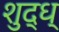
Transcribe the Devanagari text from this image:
शुद्ध्